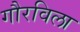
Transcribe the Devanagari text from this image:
गौरविला